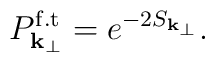
P^{\rm f.t}_{{\bf k}_{\perp}} = e^{-2S_{{\bf k}_{\perp}}}.